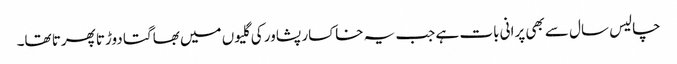
چالیس سال سے بھی پرانی بات ہے جب یہ خاکسار پشاور کی گلیوں میں بھاگتا دوڑتا پھرتا تھا۔